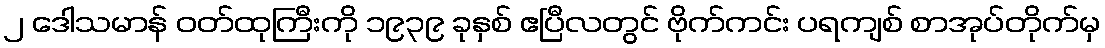
၂ ဒေါသမာန် ဝတ်ထုကြီးကို ၁၉၃၉ ခုနှစ် ဧပြီလတွင် ဗိုက်ကင်း ပရကျစ် စာအုပ်တိုက်မှ